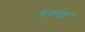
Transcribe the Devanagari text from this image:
इकाइ